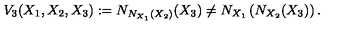
V _ { 3 } ( X _ { 1 } , X _ { 2 } , X _ { 3 } ) : = N _ { N _ { X _ { 1 } } ( X _ { 2 } ) } ( X _ { 3 } ) \not = N _ { X _ { 1 } } \left( N _ { X _ { 2 } } ( X _ { 3 } ) \right) .